Indian journal of veterinary science and animal husbandry - Volume 13,
Year: 1943
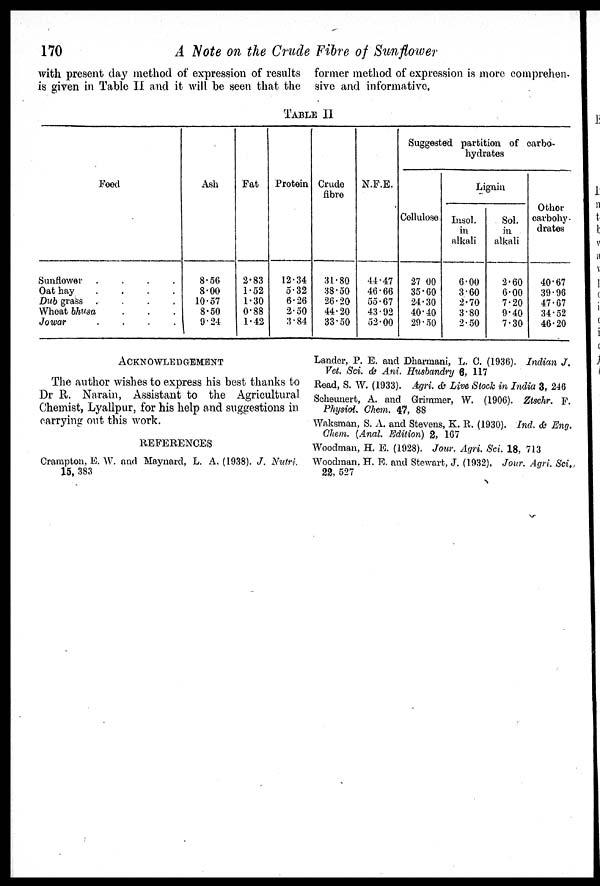
170
A Note on the Crude Fibre of Sunflower
with present day method of expression of results former method of expression is more comprehen¬
is given in Table II and it will be seen that the sive and informative.
TABLE II
Feed
Sunflower .
.
.
.
Oat hay
.
.
.
.
Dub grass .
.
.
.
Wheat bhusa . . .
Jowar
.
.
.
.
Ash
8.56
8.00
10.57
8.50
9.24
Fat
2.83
1.52
1.30
0.88
1.42
Protein
12.34
5.32
6.26
2.50
3.84
Crude
fibre
31.80
38.50
26.20
44.20
33.50
N.F.E.
44.47
46.66
55.67
43.92
52.00
Suggested partition of carbo¬
hydrates
Lignin
Cellulose
27 00
35.60
24.30
40.40
29.50
Insol.
in
alkali
6.00
3.60
2.70
3.80
2.50
Sol.
in
alkali
2.60
6.00
7.20
9.40
7.30
Other
carbohy-
drates
40.67
39.96
47.67
34.52
46.20
ACKNOWLEDGEMENT
The author wishes to express his best thanks to
Dr R. Narain, Assistant to the Agricultural
Chemist, Lyallpur, for his help and suggestions in
carrying out this work.
REFERENCES
Crampton. E. W. and Maynard, L. A. (1938). J. Nutri.
15, 383
Lander, P. E. and Dharmani, L. C. (1936). Indian J.
Vet. Sci. & Ani. Husbandry 6, 117
Read, S. W. (1933). Agri. & Live Stock in India 3, 246
Scheunert, A. and Grimmer, W. (1906). Ztschr. F.
Physiol. Chem. 47, 88
Waksman, S. A. and Stevens, K. R. (1930). Ind. & Eng.
Chem. (Anal. Edition) 2, 167
Woodman, H. E. (1928). Jour. Agri. Sci. 18, 713
Woodman. H. E. and Stewart, J. (1932). Jour. Agri. Sci.
22, 527